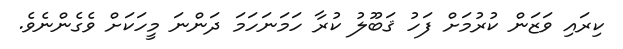
ކިރައި ވަޒަން ކުރުމަށް ފަހު ޤަބޫލު ކުރާ ހަމަނަހަމަ ދަންނަ މީހަކަށް ވެގެންނެވެ.